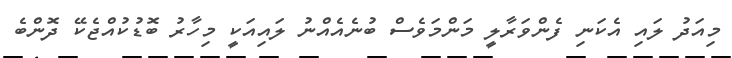
މިއަދު ލައި އެކަނި ފެންވަރާލީ މަންމަވެސް ބުނެއެއްނު ލައިއަކީ މިހާރު ބޮޑުކުއްޖެކޭ ދޮންބެ